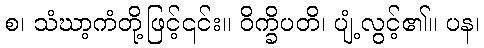
စ၊ သံဃာ့ကံတို့ဖြင့်၎င်း။ ဝိက္ခိပတိ၊ ပျံ့လွင့်၏။ ပန၊